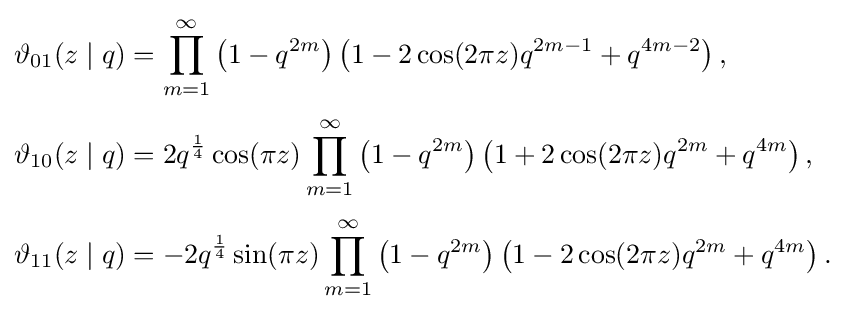
{\begin{aligned}\vartheta _{01}(z\mid q)&=\prod _{m=1}^{\infty }\left(1-q^{2m}\right)\left(1-2\cos(2\pi z)q^{2m-1}+q^{4m-2}\right),\\[3pt]\vartheta _{10}(z\mid q)&=2q^{\frac {1}{4}}\cos(\pi z)\prod _{m=1}^{\infty }\left(1-q^{2m}\right)\left(1+2\cos(2\pi z)q^{2m}+q^{4m}\right),\\[3pt]\vartheta _{11}(z\mid q)&=-2q^{\frac {1}{4}}\sin(\pi z)\prod _{m=1}^{\infty }\left(1-q^{2m}\right)\left(1-2\cos(2\pi z)q^{2m}+q^{4m}\right).\end{aligned}}